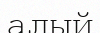
алый